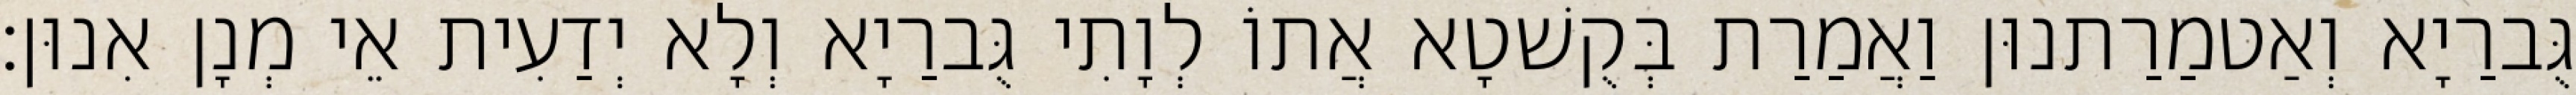
גֻּברַיָא וְאַטמַרַתנוּן וַאֲמַרַת בְּקֻשׁטָא אֲתוֹ לְוָתִי גֻּברַיָא וְלָא יְדַעִית אֵי מְנָן אִנוּן׃